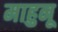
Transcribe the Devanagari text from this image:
माहुनू